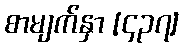
စာမျက်နှာ [၄၃၇]